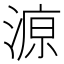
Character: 𱨆